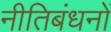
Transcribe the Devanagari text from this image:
नीतिबंधनों